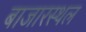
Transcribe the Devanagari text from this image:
बाजारस्थल